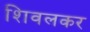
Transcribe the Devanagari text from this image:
शिवलकर